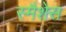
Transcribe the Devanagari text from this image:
स्मैशेस